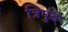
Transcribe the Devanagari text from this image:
त्रिपुंड